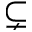
\subsetneq